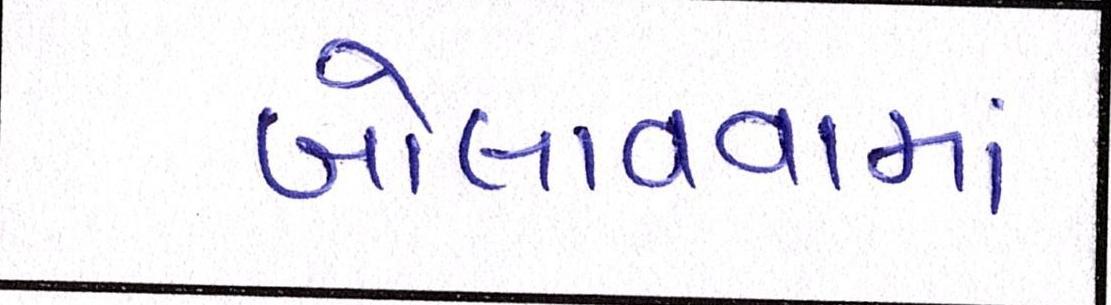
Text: બોલાવવામાં